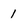
Character: 1